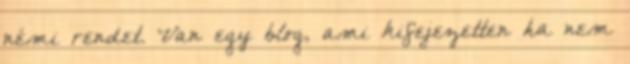
némi rendet. Van egy blog, ami kifejezetten ha nem